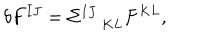
LaTeX: \delta F ^ { I J } = \Sigma _ { \; K L } ^ { I J } F ^ { K L } ,